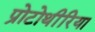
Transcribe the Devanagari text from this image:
प्रोटोथीरिया